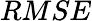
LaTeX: RMSE